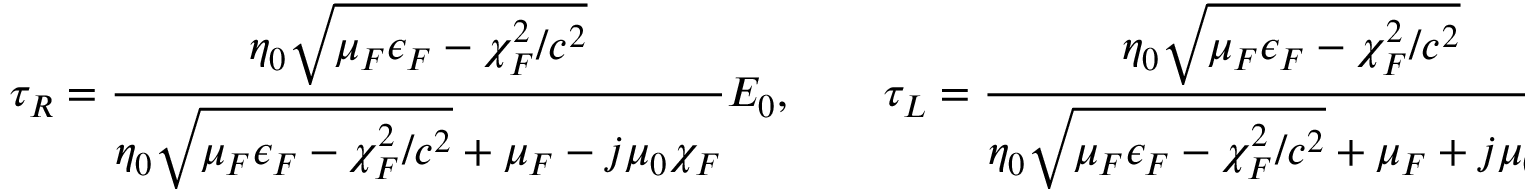
\tau _ { \/ R } = \frac { \eta _ { 0 } \sqrt { \mu _ { \/ F } \epsilon _ { \/ F } - \chi _ { \/ F } ^ { 2 } / c ^ { 2 } } } { \eta _ { 0 } \sqrt { \mu _ { \/ F } \epsilon _ { \/ F } - \chi _ { \/ F } ^ { 2 } / c ^ { 2 } } + \mu _ { \/ F } - j \mu _ { 0 } \chi _ { \/ F } } E _ { 0 } , \qquad \tau _ { \/ L } = \frac { \eta _ { 0 } \sqrt { \mu _ { \/ F } \epsilon _ { \/ F } - \chi _ { \/ F } ^ { 2 } / c ^ { 2 } } } { \eta _ { 0 } \sqrt { \mu _ { \/ F } \epsilon _ { \/ F } - \chi _ { \/ F } ^ { 2 } / c ^ { 2 } } + \mu _ { \/ F } + j \mu _ { 0 } \chi _ { \/ F } } E _ { 0 } .